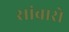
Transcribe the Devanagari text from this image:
सांबारो